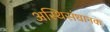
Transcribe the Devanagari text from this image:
अस्थिसंधानक